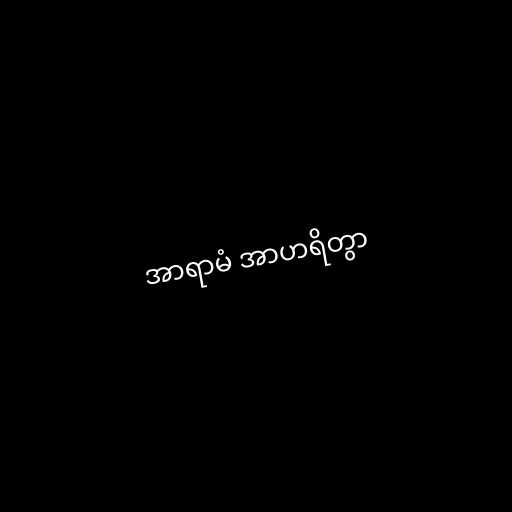
အာရာမံ အာဟရိတွာ